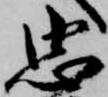
忠